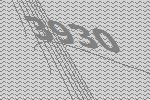
3930